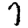
Digit: 7